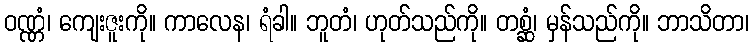
ဝဏ္ဏံ၊ ကျေးဇူးကို။ ကာလေန၊ ရံခါ။ ဘူတံ၊ ဟုတ်သည်ကို။ တစ္ဆံ၊ မှန်သည်ကို။ ဘာသိတာ၊